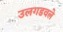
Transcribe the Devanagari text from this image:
उलगडवले